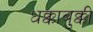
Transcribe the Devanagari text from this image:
धक्काबुक्की